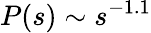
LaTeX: P(s)\sim s^{-1.1}